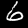
Digit: 6